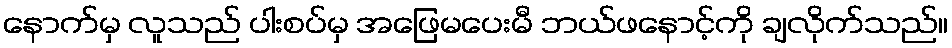
နောက်မှ လူသည် ပါးစပ်မှ အဖြေမပေးမီ ဘယ်ဖနောင့်ကို ချလိုက်သည်။